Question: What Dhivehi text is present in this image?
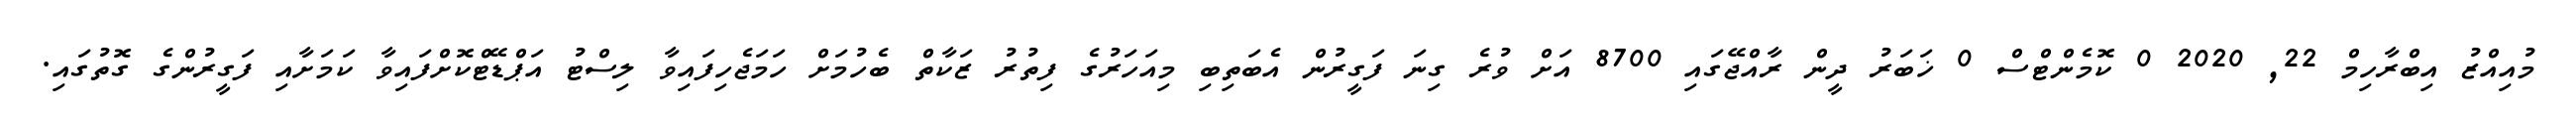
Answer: މުއިއްޒު އިބްރާހިމް 22, 2020 0 ކޮމެންޓްސް 0 ޚަބަރު ދީން ރާއްޖޭގައި 8700 އަށް ވުރެ ގިނަ ފަގީރުން އެބަތިބި މިއަހަރުގެ ފިތުރު ޒަކާތް ބެހުމަށް ހަމަޖެހިފައިވާ ލިސްޓު އަޕްޑޭޓްކޮށްފައިވާ ކަމަށާއި ފަގީރުންގެ ގޮތުގައި.